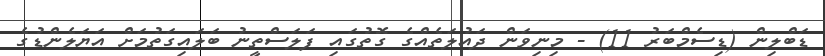
ޑަބްލިން (ޑިސެމްބަރު 11) - މިނިވަން ދައުލަތެއްގެ ގޮތުގައި ފަލަސްތީނު ބަލައިގަތުމަށް އަޔަލެންޑުގެ